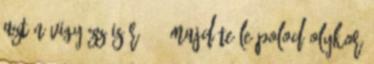
aztán vigyázz is rá. - Majd te leápolod olykor